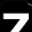
Digit: 7